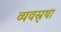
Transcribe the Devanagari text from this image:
व्यवस्र्था